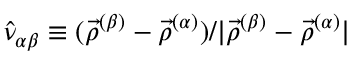
{ \hat { \nu } _ { \alpha \beta } \equiv ( \vec { \rho } ^ { ( \beta ) } - \vec { \rho } ^ { ( \alpha ) } ) / | \vec { \rho } ^ { ( \beta ) } - \vec { \rho } ^ { ( \alpha ) } | }